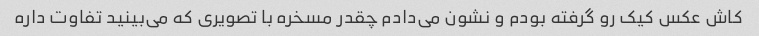
کاش عکس کیک رو گرفته بودم و نشون می‌دادم چقدر مسخره با تصویری که می‌بینید تفاوت داره